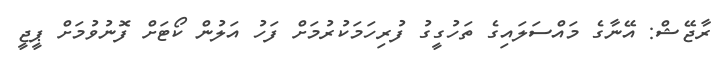
ރާޖޭޝް: އޭނާގެ މައްސަލައިގެ ތަހުގީގު ފުރިހަމަކުރުމަށް ފަހު އަލުން ކޯޓަށް ފޮނުވުމަށް ޕީޖީ